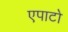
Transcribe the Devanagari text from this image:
एपाटो